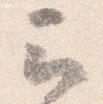
云